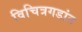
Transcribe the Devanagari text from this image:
विचित्रगडांत